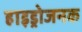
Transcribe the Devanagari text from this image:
हाइड्रोजनक